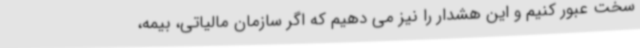
سخت عبور کنیم و این هشدار را نیز می دهیم که اگر سازمان مالیاتی، بیمه،